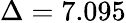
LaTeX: \Delta=7.095